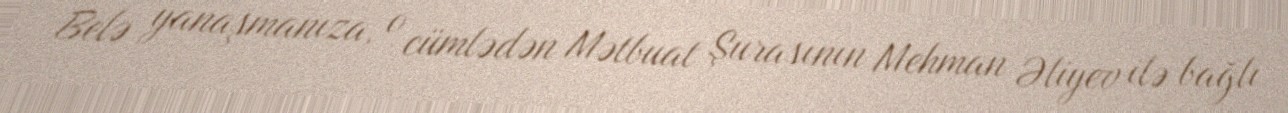
Belə yanaşmanıza, o cümlədən Mətbuat Şurasının Mehman Əliyev ilə bağlı